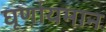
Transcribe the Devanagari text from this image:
घूर्णायमान